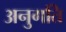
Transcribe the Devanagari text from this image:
अनुगति